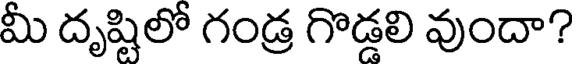
మీ దృష్టిలో గండ్ర గొడ్డలి వుందా?